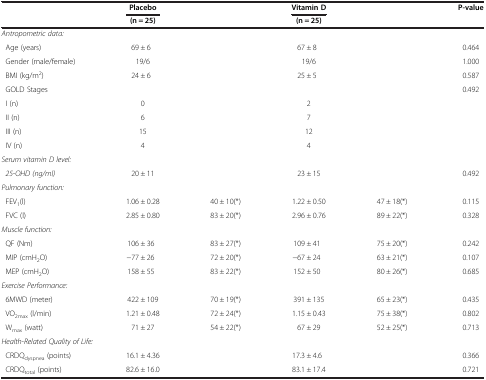
<table><thead><tr><td rowspan="2"><b> </b></td><td><b>Placebo</b></td><td rowspan="2"><b> </b></td><td><b>Vitamin D</b></td><td rowspan="2"><b> </b></td><td rowspan="2"><b>P-value</b></td></tr><tr><td><b>(n = 25)</b></td><td><b>(n = 25)</b></td></tr></thead><tbody><tr><td colspan="6"><i>Antropometric data:</i></td></tr><tr><td> Age (years)</td><td>69±6</td><td> </td><td>67±8</td><td> </td><td>0.464</td></tr><tr><td> Gender (male/female)</td><td>19/6</td><td> </td><td>19/6</td><td> </td><td>1.000</td></tr><tr><td> BMI (kg/m<sup>2</sup>)</td><td>24±6</td><td> </td><td>25±5</td><td> </td><td>0.587</td></tr><tr><td> GOLD Stages</td><td> </td><td> </td><td> </td><td> </td><td>0.492</td></tr><tr><td> I (n)</td><td>0</td><td> </td><td>2</td><td> </td><td> </td></tr><tr><td> II (n)</td><td>6</td><td> </td><td>7</td><td> </td><td> </td></tr><tr><td> III (n)</td><td>15</td><td> </td><td>12</td><td> </td><td> </td></tr><tr><td> IV (n)</td><td>4</td><td> </td><td>4</td><td> </td><td> </td></tr><tr><td><i>Serum vitamin D level:</i></td><td> </td><td> </td><td> </td><td> </td><td> </td></tr><tr><td><i> 25-OHD (ng/ml)</i></td><td>20±11</td><td> </td><td>23±15</td><td> </td><td>0.492</td></tr><tr><td colspan="6"><i>Pulmonary function:</i></td></tr><tr><td> FEV<sub>1</sub>(l)</td><td>1.06±0.28</td><td>40±10(*)</td><td>1.22±0.50</td><td>47±18(*)</td><td>0.115</td></tr><tr><td> FVC (l)</td><td>2.85±0.80</td><td>83±20(*)</td><td>2.96±0.76</td><td>89±22(*)</td><td>0.328</td></tr><tr><td><i>Muscle function:</i></td><td> </td><td> </td><td> </td><td> </td><td> </td></tr><tr><td> QF (Nm)</td><td>106±36</td><td>83±27(*)</td><td>109±41</td><td>75±20(*)</td><td>0.242</td></tr><tr><td> MIP (cmH<sub>2</sub>O)</td><td>−77±26</td><td>72±20(*)</td><td>−67±24</td><td>63±21(*)</td><td>0.107</td></tr><tr><td> MEP (cmH<sub>2</sub>O)</td><td>158±55</td><td>83±22(*)</td><td>152±50</td><td>80±26(*)</td><td>0.685</td></tr><tr><td><i>Exercise Performance:</i></td><td> </td><td> </td><td> </td><td> </td><td> </td></tr><tr><td> 6MWD (meter)</td><td>422±109</td><td>70±19(*)</td><td>391±135</td><td>65±23(*)</td><td>0.435</td></tr><tr><td> VO<sub>2max</sub> (l/min)</td><td>1.21±0.48</td><td>72±24(*)</td><td>1.15±0.43</td><td>75±38(*)</td><td>0.802</td></tr><tr><td> W<sub>max</sub> (watt)</td><td>71±27</td><td>54±22(*)</td><td>67±29</td><td>52±25(*)</td><td>0.713</td></tr><tr><td colspan="6"><i>Health-Related Quality of Life:</i></td></tr><tr><td> CRDQ<sub>dyspnea </sub>(points)</td><td>16.1±4.36</td><td> </td><td>17.3±4.6</td><td> </td><td>0.366</td></tr><tr><td> CRDQ<sub>total</sub> (points)</td><td>82.6±16.0</td><td> </td><td>83.1±17.4</td><td> </td><td>0.721</td></tr></tbody></table>